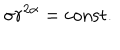
\sigma r ^ { 2 \alpha } = \mathrm { c o n s t } .